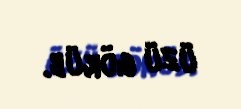
üzü görüb.